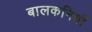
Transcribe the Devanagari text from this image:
बालकनियाँ